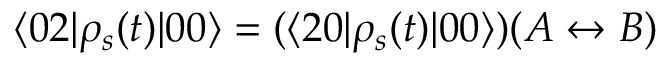
\langle 0 2 | \rho _ { s } ( t ) | 0 0 \rangle = ( \langle 2 0 | \rho _ { s } ( t ) | 0 0 \rangle ) ( A \leftrightarrow B )